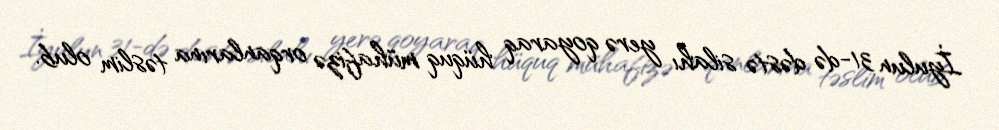
İyulun 31-də dəstə silahı yerə qoyaraq hüquq mühafizə orqanlarına təslim olub.